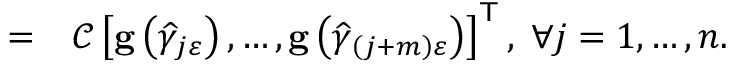
\begin{array} { r l } { = } & { { } \mathcal { C } \left[ \mathbf { g } \left( \widehat { \gamma } _ { j \varepsilon } \right) , \ldots , \mathbf { g } \left( \widehat { \gamma } _ { \left( j + m \right) \varepsilon } \right) \right] ^ { \mathsf { T } } , \; \forall j = 1 , \ldots , n . } \end{array}